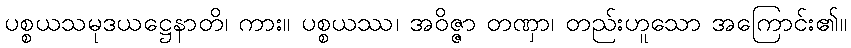
ပစ္စယသမုဒယဋ္ဌေနာတိ၊ ကား။ ပစ္စယဿ၊ အဝိဇ္ဇာ တဏှာ၊ တည်းဟူသော အကြောင်း၏။